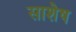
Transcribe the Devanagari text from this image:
साशेष